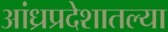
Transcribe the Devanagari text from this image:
आंध्रप्रदेशातल्या